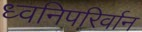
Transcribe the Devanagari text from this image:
ध्वनिपरिर्वान